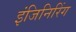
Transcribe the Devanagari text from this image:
इंजिनिरिंग